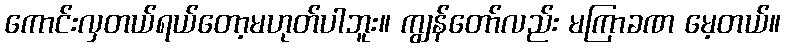
ကောင်းလှတယ်ရယ်တော့မဟုတ်ပါဘူး။ ကျွန်တော်လည်း မကြာခဏ မေ့တယ်။